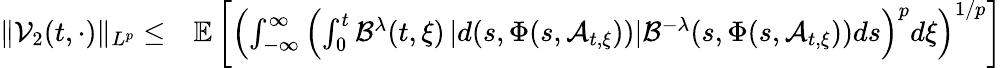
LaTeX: \begin{array}{rl}{\| \mathcal{V}_{2}(t,\cdot)\| _{L^{p}}\leq}&{{}\mathbb{E}\left[\left(\int_{-\infty}^{\infty}\left(\int_{0}^{t}\mathcal{B}^{\lambda}(t,\xi)\left|d(s,\Phi(s,\mathcal{A}_{t,\xi}))\right|\mathcal{B}^{-\lambda}(s,\Phi(s,\mathcal{A}_{t,\xi}))ds\right)^{p}d\xi\right)^{1/p}\right]}\end{array}